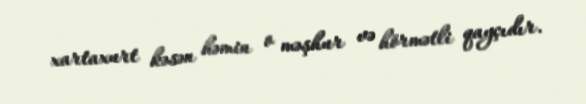
xartaxurt kəsən həmin o məşhur və hörmətli qayçıdır.